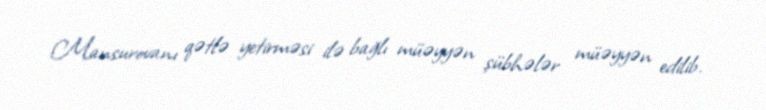
Mansurovanı qətlə yetirməsi ilə bağlı müəyyən şübhələr müəyyən edilib.